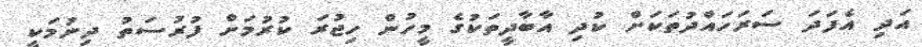
އަދި އެފަދަ ސަރަހައްދުތަކަށް ކުދި އާބާދީތަކުގެ މީހުން ހިޖުރަ ކުރުމަށް ފުރުސަތު ދިނުމަކީ